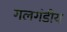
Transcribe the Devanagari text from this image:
गलगंडीय